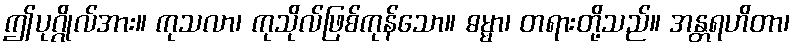
ဤပုဂ္ဂိုလ်အား။ ကုသလာ၊ ကုသိုလ်ဖြစ်ကုန်သော။ ဓမ္မာ၊ တရားတို့သည်။ အန္တရဟိတာ၊